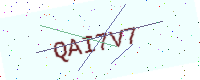
Text: QAI7V7